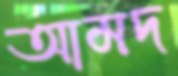
আমদ